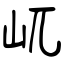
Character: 屼